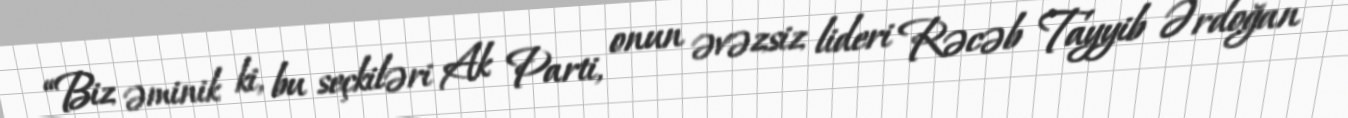
“Biz əminik ki, bu seçkiləri Ak Parti, onun əvəzsiz lideri Rəcəb Tayyib Ərdoğan